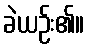
ခဲယဉ်း၏။